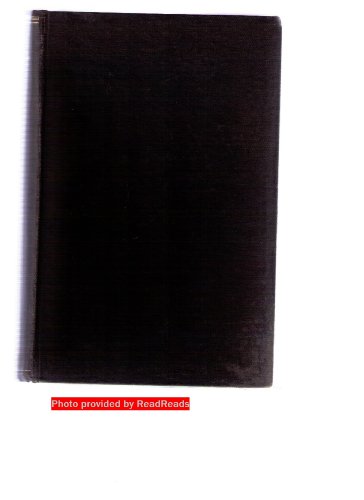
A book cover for Black Bagdad: The Arabian nights adventures of a Marine captian in Haiti; John Houston Craige; Travel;